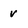
Character: v